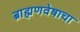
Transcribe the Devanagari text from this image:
ब्राह्मणवेषाचा